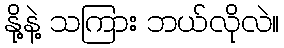
နို့နဲ့ သကြား ဘယ်လိုလဲ။